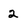
Character: 2